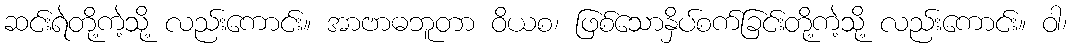
ဆင်းရဲတို့ကဲ့သို့ လည်းကောင်း။ အာဗာဓဘူတာ ဝိယစ၊ ဖြစ်သောနှိပ်စက်ခြင်းတို့ကဲ့သို့ လည်းကောင်း။ ဝါ၊